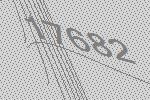
17682